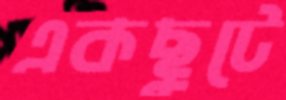
একছুটে